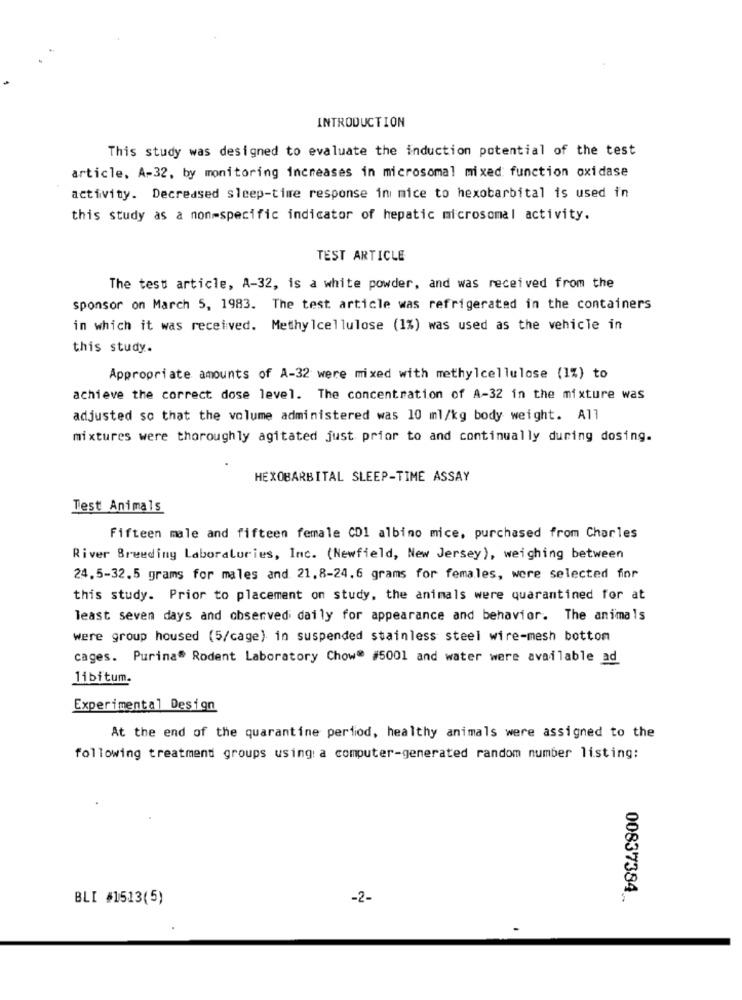
INTRODUCTION
This study was designed to evaluate the induction potential of the test
article, A-32, by monitoring increases in microsomal mixed: function oxidase
activity. Decreased sleep-time response in mice to hexobarbital is used in
this study as a non-specific indicator of hepatic microsomal activity.
TEST ARTICLE
The test article, A-32, is a white powder, and was received from the
sponsor on March 5, 1983. The test article was refrigerated in the containers
in which it was received. Methylcellulose (1%) was used as the vehicle in
this study.
Appropriate amounts of A-32 were mixed with methylcellulose (1%) to
achieve the correct dose level. The concentration of A-32 in the mixture was
adjusted so that the volume administered was 10 ml/kg body weight. All
mixtures were thoroughly agitated just prior to and continually during dosing.
HEXOBARBITAL SLEEP-TIME ASSAY
Test Animals
Fifteen male and fifteen female CDI albino mice, purchased from Charles
River Breeding Laboraluries, Inc. (Newfield, New Jersey), weighing between
24.5-32.5 grams for males and 21.8-24.6 grams for females, were selected fior
this study. Prior to placement on study, the animals were quarantined for at
least seven days and observed daily for appearance and behavior. The animals
were group housed (5/cage) in suspended stainless steel wire-mesh bottom
cages. Purina® Rodent Laboratory Chow@ #5001 and water were available ad
libitum.
Experimental Design
At the end of the quarantine period, healthy animals were assigned to the
following treatment groups using: a computer-generated random number listing:
BLI #1513(5)
-2-
00837384 ..